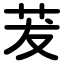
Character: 茇